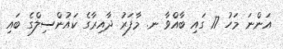
އަންނަ މަހު 17 ގައި ބާއްވާ ނ. މާފަރު ދާއިރާގެ ކައުންސިލްގެ ބައި